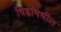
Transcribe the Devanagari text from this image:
चिह्नांमधील